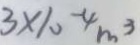
3 \times 1 0 ^ { - 4 } m ^ { 3 }